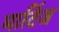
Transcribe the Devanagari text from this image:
मार्टिज